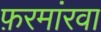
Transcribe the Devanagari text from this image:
फ़रमांरवा